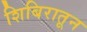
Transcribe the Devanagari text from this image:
शिबिरातून